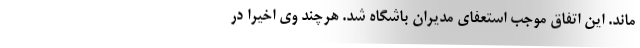
ماند. این اتفاق موجب استعفای مدیران باشگاه شد. هرچند وی اخیرا در